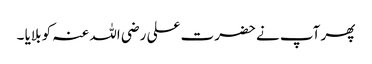
پھر آپ نے حضرت علی رضی اللہ عنہ کو بلایا ۔